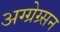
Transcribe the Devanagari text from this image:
अग्ग्रेग्र्सन